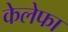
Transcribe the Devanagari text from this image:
केलेफा